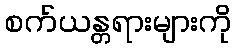
စက်ယန္တရားများကို